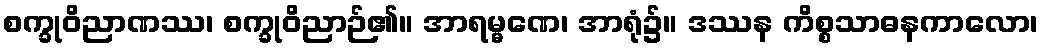
စက္ခုဝိညာဏဿ၊ စက္ခုဝိညာဉ်၏။ အာရမ္မဏေ၊ အာရုံ၌။ ဒဿန ကိစ္စသာဓနကာလော၊